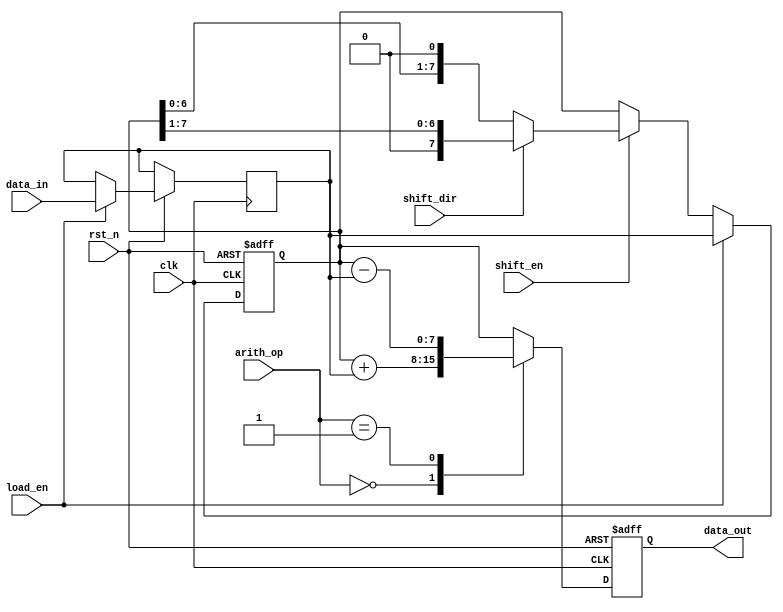
module LogarithmicShiftRegister #(
    parameter WIDTH = 8 // Configurable width of the shift register
)(
    input wire clk,                    // Clock signal
    input wire rst_n,                  // Asynchronous reset (active low)
    input wire load_en,                // Load enable
    input wire shift_en,               // Shift enable
    input wire shift_dir,              // Shift direction (0 for left, 1 for right)
    input wire [WIDTH-1:0] data_in,    // Parallel data input
    input wire [1:0] arith_op,         // Arithmetic operation select (00: add, 01: subtract, 10: none)
    output reg [WIDTH-1:0] data_out    // Parallel data output
);

// Internal registers
reg [WIDTH-1:0] reg_data;
reg [WIDTH-1:0] log_data;

// Logarithmic converter (simple implementation for demo)
function [WIDTH-1:0] log_convert;
    input [WIDTH-1:0] x;
    begin
        // Placeholder: Implement a logarithmic scaling mechanism here
        log_convert = x; // Simple identity for demo purposes
    end
endfunction

// Arithmetic operation
function [WIDTH-1:0] arith_operation;
    input [WIDTH-1:0] a;
    input [WIDTH-1:0] b;
    input [1:0] op;
    begin
        case (op)
            2'b00: arith_operation = a + b; // Addition
            2'b01: arith_operation = a - b; // Subtraction
            default: arith_operation = a;    // No operation
        endcase
    end
endfunction

// Shift logic and data processing
always @(posedge clk or negedge rst_n) begin
    if (!rst_n) begin
        reg_data <= 0; // Reset the register
        data_out <= 0;
    end else begin
        if (load_en) begin
            // Load input data and convert to logarithmic form
            log_data <= log_convert(data_in);
            reg_data <= log_data;
        end else if (shift_en) begin
            // Perform shift operation
            if (shift_dir == 1'b0) begin
                // Left shift
                reg_data <= reg_data << 1;
            end else begin
                // Right shift
                reg_data <= reg_data >> 1;
            end
        end
        
        // Perform arithmetic operations
        data_out <= arith_operation(reg_data, log_data, arith_op);
    end
end

endmodule